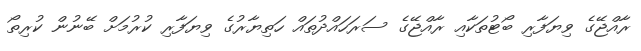
ރާއްޖޭގެ ވިޔަފާރި ބޯޓުތަކާއި ރާއްޖޭގެ ސަރަހައްދުތައް ހަތިޔާރުގެ ވިޔަފާރި ކުރުމަށް ބޭނުން ކުރިތޯ